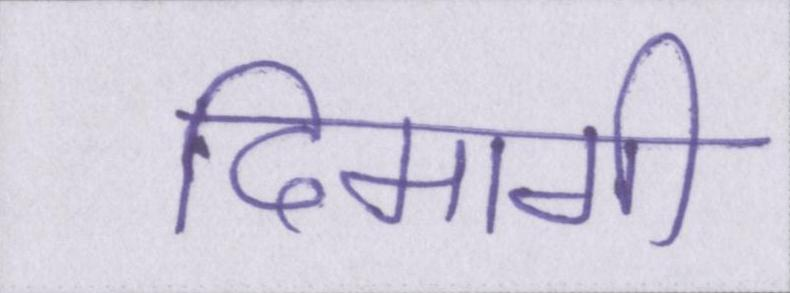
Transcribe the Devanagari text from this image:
दिमागी